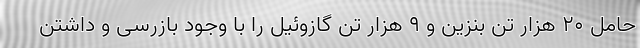
حامل ۲۰ هزار تن بنزین و ۹ هزار تن گازوئیل را با وجود بازرسی و داشتن